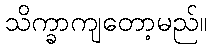
သိက္ခာကျတော့မည်။